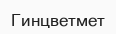
Гинцветмет